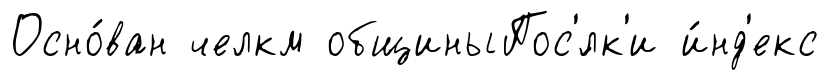
Осно́ван челкм общиныПос'́лк'и и́нд'екс